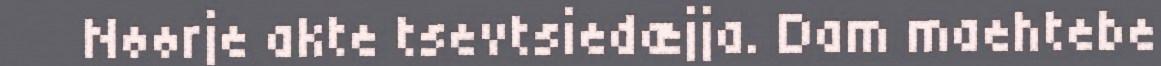
Nøørje akte tsevtsiedæjja. Dam maehtebe